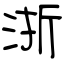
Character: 浙